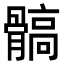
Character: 髇